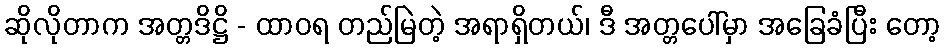
ဆိုလိုတာက အတ္တဒိဋ္ဌိ - ထာဝရ တည်မြဲတဲ့ အရာရှိတယ်၊ ဒီ အတ္တပေါ်မှာ အခြေခံပြီး တော့